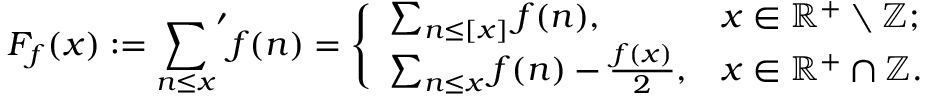
F _ { f } ( x ) : = { \sum _ { n \leq x } } ^ { \prime } f ( n ) = { \left\{ \begin{array} { l l } { \sum _ { n \leq [ x ] } f ( n ) , } & { x \in \mathbb { R } ^ { + } \setminus \mathbb { Z } ; } \\ { \sum _ { n \leq x } f ( n ) - { \frac { f ( x ) } { 2 } } , } & { x \in \mathbb { R } ^ { + } \cap \mathbb { Z } . } \end{array} \right. }